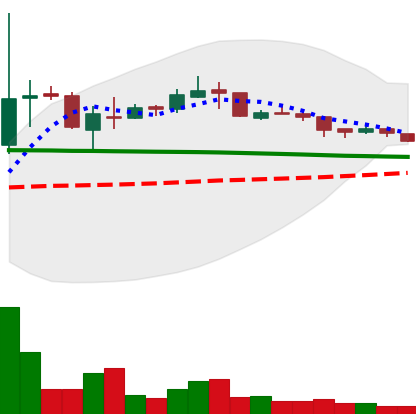
Ticker: XRP-USD
Chart end date: 2018-10-10
Forward return: -3.259%
Label: down_3_5